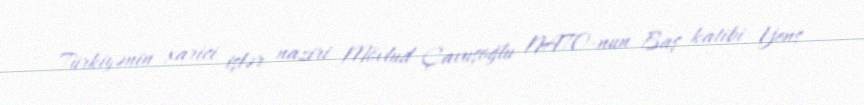
Türkiyənin xarici işlər naziri Mövlud Çavuşoğlu NATO-nun Baş katibi Yens